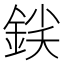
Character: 𨧛